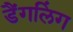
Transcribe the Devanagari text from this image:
डैंगलिंग